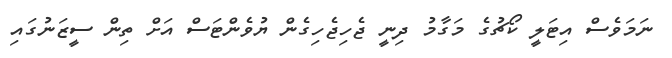
ނަމަވެސް އިޓަލީ ކޯޗުގެ މަގާމު ދިނީ ޖެހިޖެހިގެން ޔުވެންޓަސް އަށް ތިން ސީޒަނުގައި